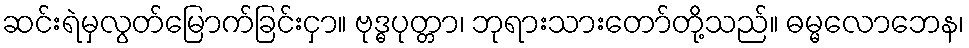
ဆင်းရဲမှလွတ်မြောက်ခြင်းငှာ။ ဗုဒ္ဓပုတ္တာ၊ ဘုရားသားတော်တို့သည်။ ဓမ္မလောဘေန၊